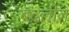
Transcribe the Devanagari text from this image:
बढतीत